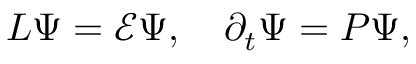
\begin{array} { r } { L \Psi = \mathcal { E } \Psi , \quad \partial _ { t } \Psi = P \Psi , } \end{array}